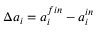
\Delta a _ { i } = a _ { i } ^ { f i n } - a _ { i } ^ { i n }